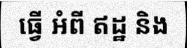
ធ្វើ អំពី ឥដ្ឋ និង